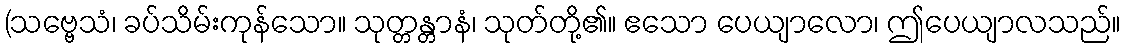
(သဗ္ဗေသံ၊ ခပ်သိမ်းကုန်သော။ သုတ္တန္တာနံ၊ သုတ်တို့၏။ ဧသော ပေယျာလော၊ ဤပေယျာလသည်။